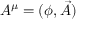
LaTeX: A ^ { \mu } = ( \phi , { \vec { A } } )